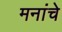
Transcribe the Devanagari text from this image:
मनांचे